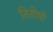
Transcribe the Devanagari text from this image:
तितीर्षा